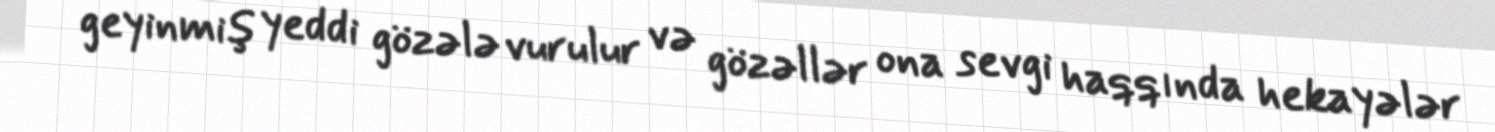
geyinmiş yeddi gözələ vurulur və gözəllər ona sevgi haqqında hekayələr